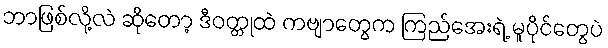
ဘာဖြစ်လို့လဲ ဆိုတော့ ဒီဝတ္တုထဲ ကဗျာတွေက ကြည်အေးရဲ့ မူပိုင်တွေပဲ